Lunatic asylums United Prov. 1922-30 - 1922-1930
Year: 1922
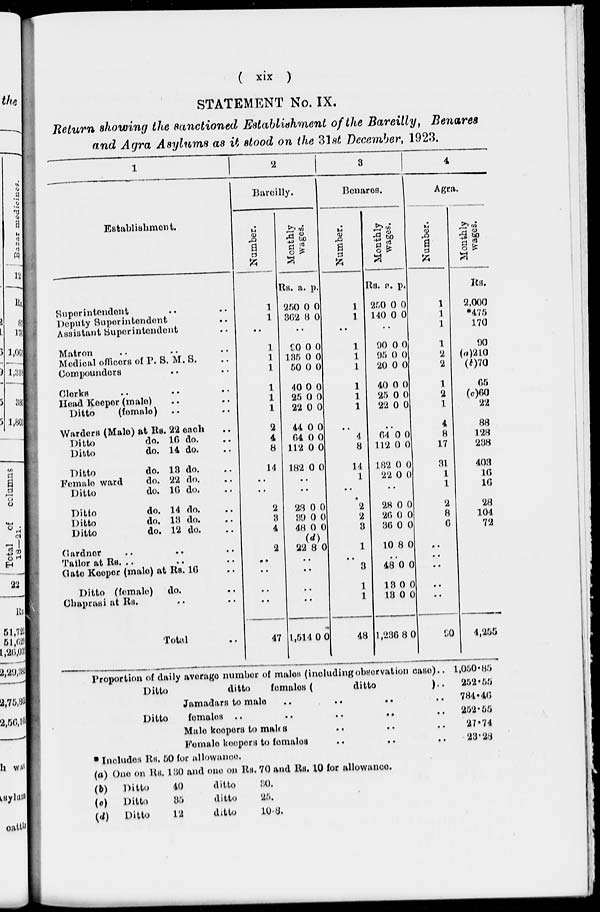
( xix )
STATEMENT No. IX.
Return showing the sanctioned Establishment of the Bareilly, Benares
and Agra Asylums as it stood on the 31st December, 1923.
1
Establishment.
Superintendent .. ..
Deputy Superintendent ..
Assistant Superintendent ..
Matron .. .. ..
Medical officers of P. S. M.S. ..
Compounders .. ..
Clerks .. .. ..
Head Keeper (male) .. ..
Ditto
(female) .. ..
Warders (Male) at Rs. 22 each ..
Ditto
do. 16 do. ..
Ditto
do. 14 do. ..
Ditto
do. 18 do. ..
Female ward
do. 22 do. ..
Ditto
do. 16 do. ..
Ditto
do. 14 do. ..
Ditto
do. 13 do. ..
Ditto
do. 12 do. ..
Gardner .. .. ..
Tailor at Rs. .. .. ..
Gate Keeper (male) at Rs. 16 ..
Ditto (female)
do. ..
Chaprasi at Rs. .. ..
Total ..
2
Bareilly.
Number.
1
1
..
1
1
1
1
1
1
2
4
8
14
..
..
2
3
4
2
..
..
..
..
47
Monthly
wages.
Rs.
250
362
..
90
135
50
40
25
22
44
64
112
182
a.
0
8
..
0
0
0
0
0
0
0
0
0
0
p.
0
0
..
0
0
0
0
0
0
0
0
0
0
..
..
23
39
48
22
0
0
0
(d)
8
0
0
0
0
..
..
..
..
1,514 0 0
3
Benares.
Number.
1
1
..
1
1
1
1
1
1
..
4
8
14
1
..
2
2
3
1
..
3
1
1
48
Monthly
wages.
Rs.
250
140
a.
0
0
p.
0
0
..
90
95
20
40
25
22
0
0
0
0
0
0
0
0
0
0
0
0
..
64
112
182
22
0
0
0
0
0
0
0
0
..
28
26
36
10
0
0
0
8
0
0
0
0
..
48
13
13
1,236
0
0
0
8
0
0
0
0
4
Agra.
Number.
1
1
1
1
2
2
1
2
1
4
8
17
31
1
1
2
8
6
..
..
..
..
..
90
Proportion of daily average number of males (including observation cases ..
Ditto
ditto females (
ditto
)..
Jamadars to male .. .. .. ..
Ditto
females ..
..
.. .. ..
Male keepers to males .. .. ..
Female keepers to females .. .. ..
Monthly
wages.
Rs.
2,000
*475
170
90
(a)210
(b)70
65
(c)60
22
88
128
238
403
16
16
28
104
72
4,255
1,050.85
252.55
784.46
252.55
27.74
23.28
* Includes Rs. 50 for allowance.
(a)
(b)
(c)
(d)
One on Rs. 130 and one on Rs. 70 and Rs. 10 for allowance.
Ditto
40
ditto
30.
Ditto
35
ditto
25.
Ditto
12
ditto
10.8.